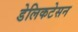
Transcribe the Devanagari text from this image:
डेलिकटेसन